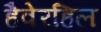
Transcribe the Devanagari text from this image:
हैवेरहिल